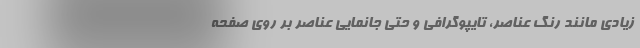
زیادی مانند رنگ عناصر، تایپوگرافی و حتی جا‌نمایی عناصر بر روی صفحه